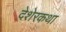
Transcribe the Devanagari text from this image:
देशेरकथा